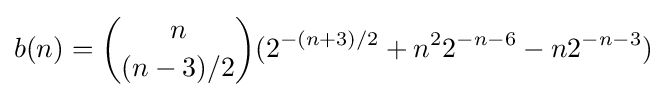
b(n)={n \choose (n-3)/2}(2^{-(n+3)/2}+n^{2}2^{-n-6}-n2^{-n-3})